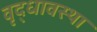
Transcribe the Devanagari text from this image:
वृद्धावस्‍था